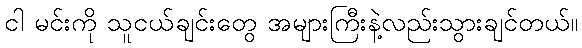
ငါ မင်းကို သူငယ်ချင်းတွေ အများကြီးနဲ့လည်းသွားချင်တယ်။